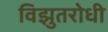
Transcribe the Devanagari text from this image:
विझुतरोधी